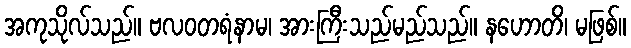
အကုသိုလ်သည်။ ဗလဝတရံနာမ၊ အားကြီးသည်မည်သည်။ နဟောတိ၊ မဖြစ်။